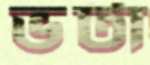
ভটা